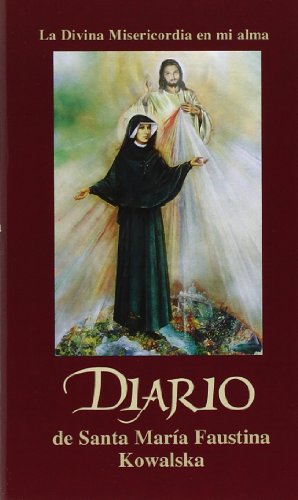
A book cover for Diario de Santa MariÂ­a Faustina Kowalska (Spanish Edition); Maria Faustina Kowalska; Christian Books & Bibles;